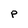
Character: P